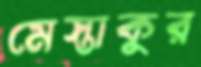
মেস্তাকুর